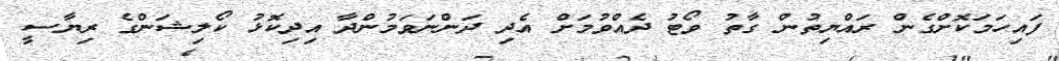
ފައިހަމަކޮށްގެން ރައްޔިތުން ގާތު ވޯޓު ދެއްވުމަށް އެދި ދަންނަވަމުންދާ އިދިކޮޅު ކޯލިޝަންގެ ރިޔާސީ